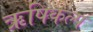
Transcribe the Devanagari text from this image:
ऋषिकल्प